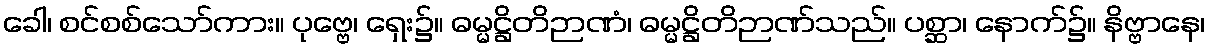
ခေါ၊ စင်စစ်သော်ကား။ ပုဗ္ဗေ၊ ရှေး၌။ ဓမ္မဋ္ဌိတိဉာဏံ၊ ဓမ္မဋ္ဌိတိဉာဏ်သည်။ ပစ္ဆာ၊ နောက်၌။ နိဗ္ဗာနေ၊